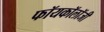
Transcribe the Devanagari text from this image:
फॉयकॉलॉजी